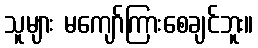
သူများ မကျော်ကြားစေချင်ဘူး။